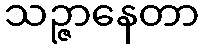
သဉ္ဇာနေတာ